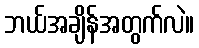
ဘယ်အချိန်အတွက်လဲ။